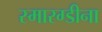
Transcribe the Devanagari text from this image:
स्मारग्डीना